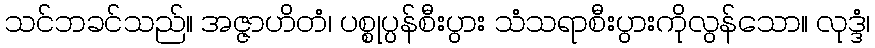
သင်ဘခင်သည်။ အဇ္ဇာဟိတံ၊ ပစ္စုပ္ပန်စီးပွား သံသရာစီးပွားကိုလွန်သော။ လုဒ္ဒံ၊